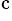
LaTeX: \mathrm{^c}